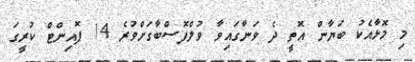
މި މޮޅާއެކު ބަޔާން އޮތީ ދެ ވަނާގައިވާ ވުލްފޮސްބާގަށްވުރެ 14 ޕޮއިންޓް ކުރީގަ